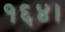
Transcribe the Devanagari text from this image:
१६४।